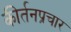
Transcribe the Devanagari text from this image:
कीर्तनप्रचार